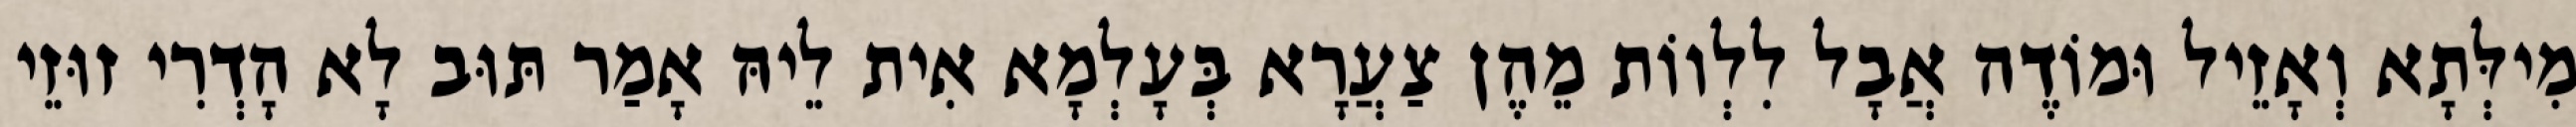
מִילְּתָא וְאָזֵיל וּמוֹדֶה אֲבָל לִלְווֹת מֵהֶן צַעֲרָא בְּעָלְמָא אִית לֵיהּ אָמַר תּוּב לָא הָדְרִי זוּזֵי